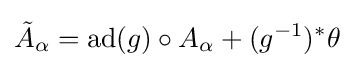
{\tilde {A}}_{\alpha }=\operatorname {ad} (g)\circ A_{\alpha }+(g^{-1})^{*}\theta